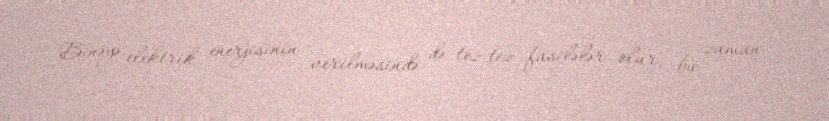
Binəyə elektrik enerjisinin verilməsində də tez-tez fasilələr olur, bu zaman